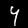
Digit: 4